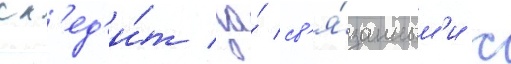
сл'ед'и́т за́ св'я́занным'и с